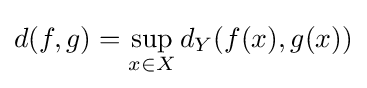
d(f,g)=\sup _{x\in X}d_{Y}(f(x),g(x))